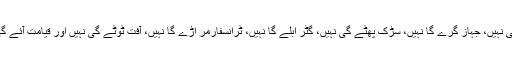
جب تک ٹرین کی پٹڑی ادھڑے گی نہیں، عمارت کھسکے گی نہیں، جہاز گرے گا نہیں، سڑک پھٹے گی نہیں، گٹر ابلے گا نہیں، ٹرانسفارمر اڑے گا نہیں، آفت ٹوٹے گی نہیں اور قیامت آئے گی نہیں تب تک تعمیر کا سودا ہمارے سر میں سمائے گا نہیں۔